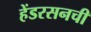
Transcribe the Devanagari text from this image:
हेंडरसनची